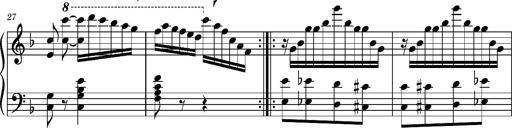
Title: Ungarischer Romanzero
Composer: Franz Liszt